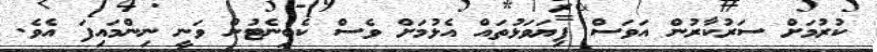
ކުރުމަށް ސަރުކާރުން އަވަސް ފިޔަވަޅުތައް އެޅުމަށް ވެސް ކެބިނެޓުން ވަނީ ނިންމައިފަ އެވެ.